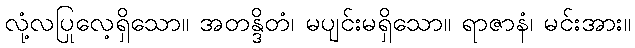
လုံ့လပြုလေ့ရှိသော။ အတန္ဒိတံ၊ မပျင်းမရှိသော။ ရာဇာနံ၊ မင်းအား။